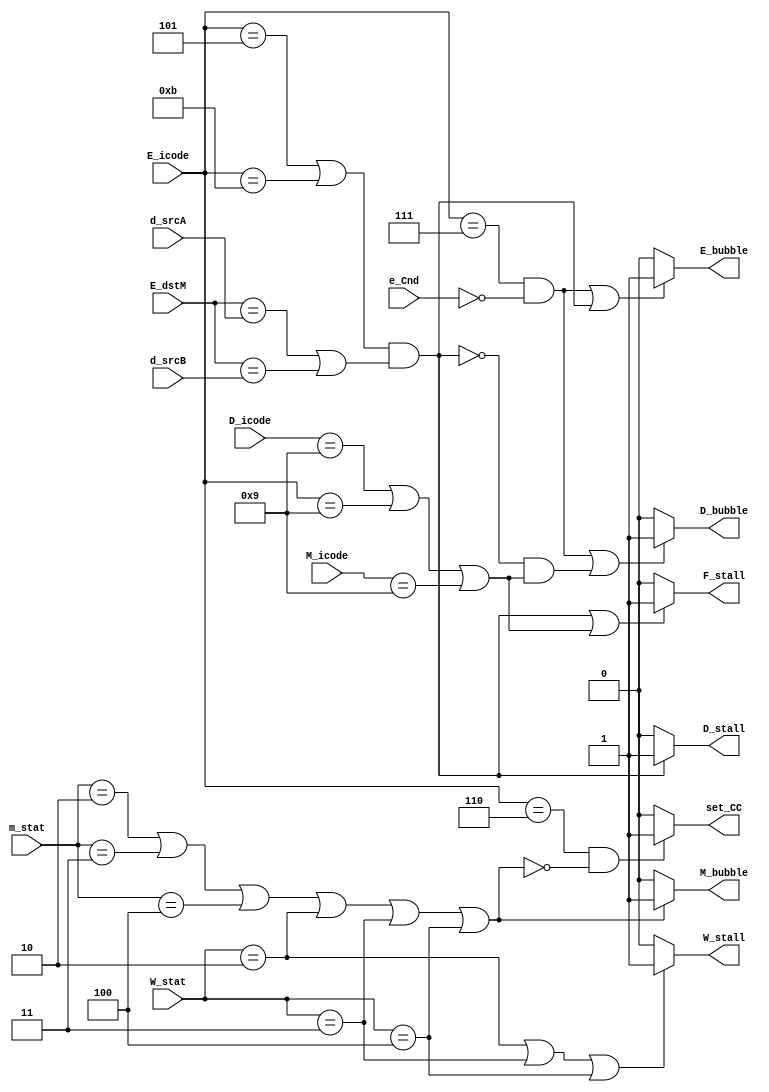
`define IHALT 0
`define INOP 1
`define IRRMOVQ 2
`define IIRMOVQ 3
`define IRMMOVQ 4
`define IMRMOVQ 5
`define IOPQ 6
`define IJXX 7
`define ICALL 8
`define IRET 9
`define IPUSHQ 10 
`define IPOPQ 11
`define FNONE 0
`define RESP 4
`define RNONE 15
`define ALUADD 0
`define SAOK 1
`define SADR 2
`define SINS 3
`define SHLT 4

module pipelineControl(F_stall, D_stall, D_bubble, E_bubble, M_bubble, W_stall, set_CC, D_icode, d_srcA, d_srcB, E_icode, E_dstM, e_Cnd, M_icode, m_stat, W_stat);
    output reg F_stall;
    output reg D_stall;
    output reg D_bubble;
    output reg E_bubble;
    output reg M_bubble;
    output reg W_stall;
    output reg set_CC;
    input [3:0] D_icode;
    input [3:0] d_srcA;
    input [3:0] d_srcB;
    input [3:0] E_icode;
    input [3:0] E_dstM;
    input e_Cnd;
    input [3:0] M_icode;
    input [2:0] m_stat;
    input [2:0] W_stat;
    
    always @(*)
    begin
        if (((E_icode == `IMRMOVQ || E_icode == `IPOPQ) && (E_dstM == d_srcA || E_dstM == d_srcB)) || (D_icode == `IRET || E_icode == `IRET || M_icode == `IRET))
        begin
            F_stall = 1;
        end
        else
        begin
            F_stall = 0;
        end

        if ((E_icode == `IMRMOVQ || E_icode == `IPOPQ) && (E_dstM == d_srcA || E_dstM == d_srcB))
        begin
            D_stall = 1;
        end
        else 
        begin
            D_stall = 0;
        end


        if ((E_icode == `IJXX && e_Cnd == 0) || !((E_icode == `IMRMOVQ || E_icode == `IPOPQ) && (E_dstM == d_srcA || E_dstM == d_srcB)) && (D_icode == `IRET || E_icode == `IRET || M_icode == `IRET))
        begin
            D_bubble = 1;
        end
        else
        begin
            D_bubble = 0;
        end

        if ((E_icode == `IJXX && e_Cnd == 0) || ((E_icode == `IMRMOVQ || E_icode == `IPOPQ) && (E_dstM == d_srcA || E_dstM == d_srcB)))
        begin
            E_bubble = 1;
        end
        else
        begin
            E_bubble = 0;
        end

        if (m_stat == `SADR || m_stat == `SINS || m_stat == `SHLT || W_stat == `SADR || W_stat == `SINS || W_stat == `SHLT)
        begin
            M_bubble = 1;
        end
        else
        begin
            M_bubble = 0;
        end

        if (W_stat == `SADR || W_stat == `SINS || W_stat == `SHLT)
        begin
            W_stall = 1;
        end
        else
        begin
            W_stall = 0;
        end

        if (E_icode == `IOPQ &&  !(m_stat == `SADR || m_stat == `SINS || m_stat == `SHLT || W_stat == `SADR || W_stat == `SINS || W_stat == `SHLT))
        begin
            set_CC = 1;
        end
        else
        begin
            set_CC = 0;
        end

    end

endmodule